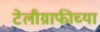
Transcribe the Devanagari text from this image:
टेलीग्राफीच्या